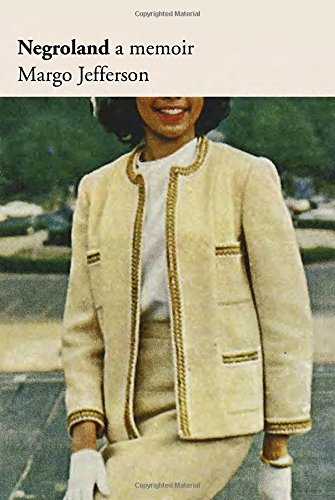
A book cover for Negroland: A Memoir; Margo Jefferson; Biographies & Memoirs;